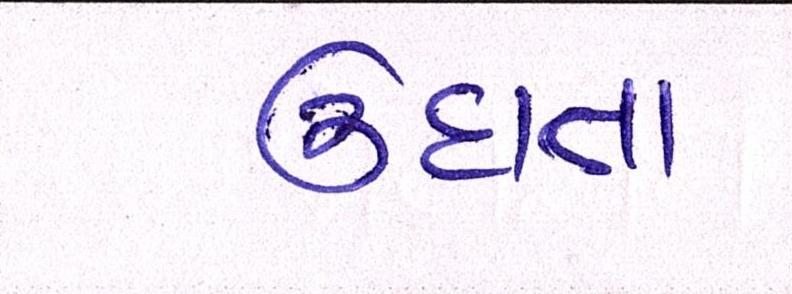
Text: ઉદાત્ત